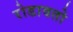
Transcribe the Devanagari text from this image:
रोडावतो